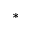
^ *